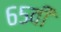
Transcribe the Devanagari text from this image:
६५वीं